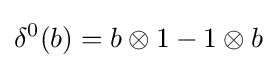
\delta ^{0}(b)=b\otimes 1-1\otimes b